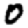
Digit: 0